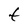
Character: t